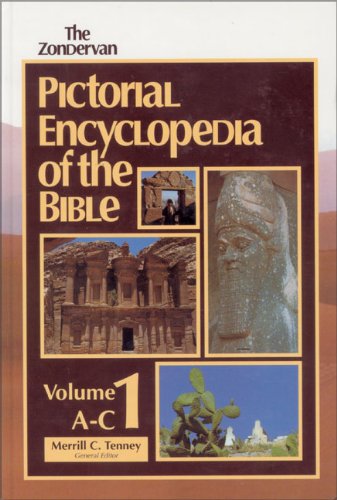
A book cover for Zondervan Pictorial Encyclopedia of the Bible, Vols. 1-5; Merrill C. Tenney; Christian Books & Bibles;